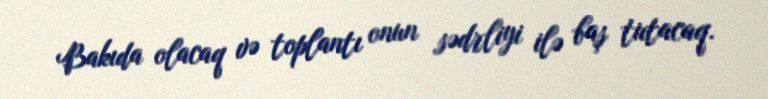
Bakıda olacaq və toplantı onun sədrliyi ilə baş tutacaq.